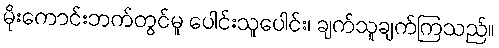
မိုးကောင်းဘက်တွင်မူ ပေါင်းသူပေါင်း၊ ချက်သူချက်ကြသည်။